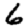
Digit: 6